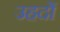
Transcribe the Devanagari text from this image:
उहदों